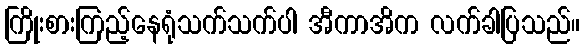
ကြိုးစားကြည့်နေရုံသက်သက်ပါ အီကာအိက လက်ခါပြသည်။